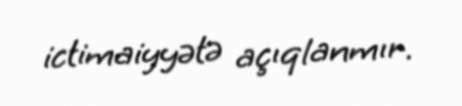
ictimaiyyətə açıqlanmır.